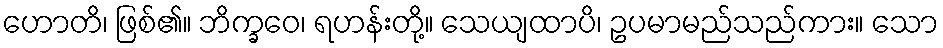
ဟောတိ၊ ဖြစ်၏။ ဘိက္ခဝေ၊ ရဟန်းတို့။ သေယျထာပိ၊ ဥပမာမည်သည်ကား။ သော